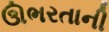
ઊભરતાની